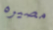
مصيره